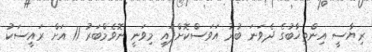
ރިޔާސީ އިންތިޚާބުގެ ދެވަނަ ބުރު އަވަސްކޮށްފައި މިވަނީ ނޮވެމްބަރު 11 އަށް ރައީސަކު